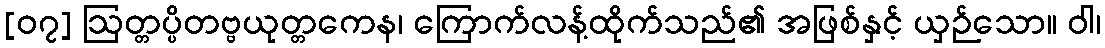
[၀၇] ဩတ္တပ္ပိတဗ္ဗယုတ္တကေန၊ ကြောက်လန့်ထိုက်သည်၏ အဖြစ်နှင့် ယှဉ်သော။ ဝါ၊